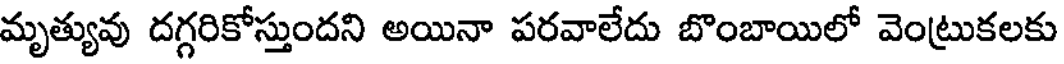
మృత్యువు దగ్గరికోస్తుందని అయినా పరవాలేదు బొంబాయిలో వెంట్రుకలకు